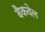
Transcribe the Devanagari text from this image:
बैकवेल